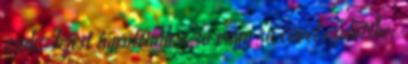
azok. Fejest ugrottunk a 30 vagy 50 évvel ezelőttbe,